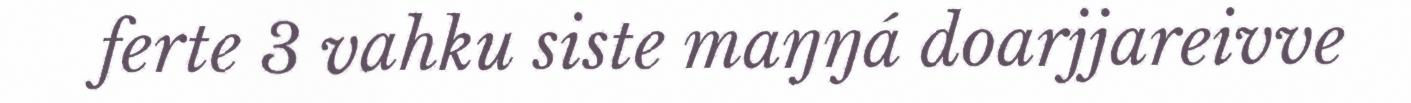
ferte 3 vahku siste maŋŋá doarjjareivve